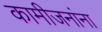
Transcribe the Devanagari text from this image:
कामीजनांना